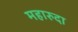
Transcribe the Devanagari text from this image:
महारुदा